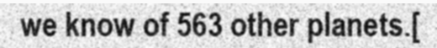
we know of 563 other planets.[